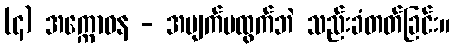
(၄) အက္ကောဓန - အမျက်မထွက်ဘဲ သည်းခံတတ်ခြင်း။